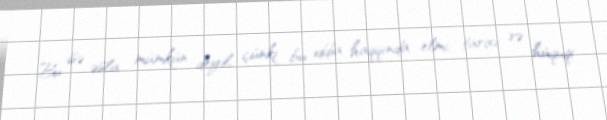
Bu isə əsla mümkün deyil, çünki bu iddia haqqında elmi, tarixi və hüquqi